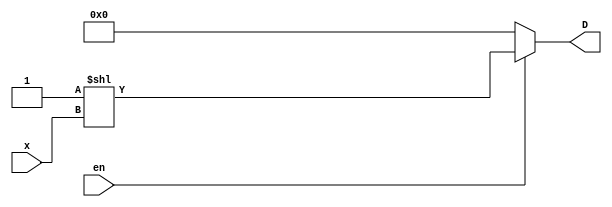
module decoder2(x, D, en);

input en;
input [2:0] x;
output [7:0] D;

reg [7:0] D;

always @(*) begin
    #3 D = en ? 8'b00000001 << x : 8'h00;
    $display("Output: %8b", D);
end


endmodule